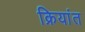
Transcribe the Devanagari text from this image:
क्रियांत